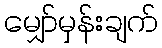
မျှော်မှန်းချက်